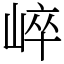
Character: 崪